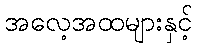
အလေ့အထများနှင့်